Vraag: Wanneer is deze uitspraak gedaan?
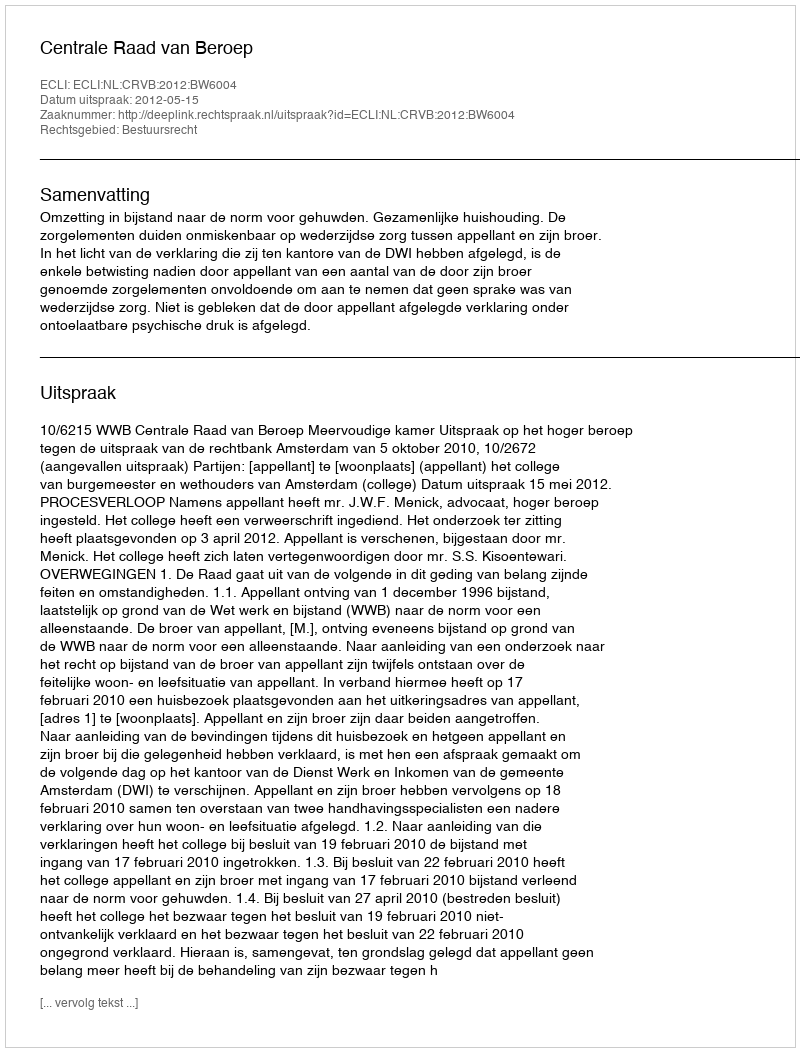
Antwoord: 2012-05-15